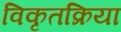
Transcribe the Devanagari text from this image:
विकृतक्रिया